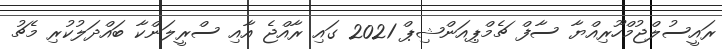
ރައީސުލްޖުމްހޫރިއްޔާ ސާފް ޗެމްޕިއަންޝިޕް 2021 ގައި ރާއްޖެ އާއި ސްރީލަންކާ ބައްދަލުކުރި މެޗު